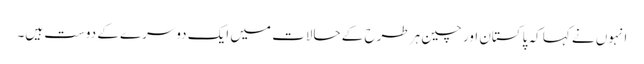
انہوں نے کہا کہ پاکستان اور چین ہر طرح کے حالات میں ایک دوسرے کے دوست ہیں۔